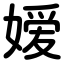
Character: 嫒